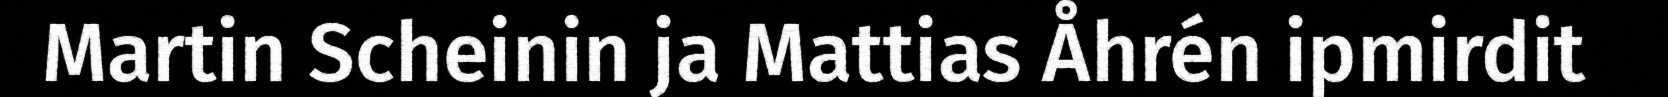
Martin Scheinin ja Mattias Åhrén ipmirdit